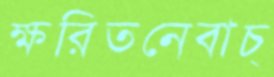
ক্ষরিতনেবাচ্